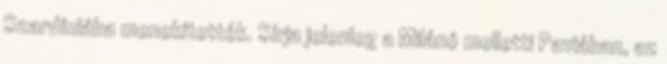
Szardíniába menekítették. Sírja jelenleg a Milánó melletti Paviában, az